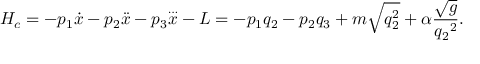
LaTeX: H _ { c } = - p _ { 1 } { \dot { x } } - p _ { 2 } { \ddot { x } } - p _ { 3 } { \stackrel { \ldots } { x } } - L = - p _ { 1 } q _ { 2 } - p _ { 2 } q _ { 3 } + m \sqrt { q _ { 2 } ^ { 2 } } + \alpha \frac { \sqrt { g } } { { q _ { 2 } } ^ { 2 } } .